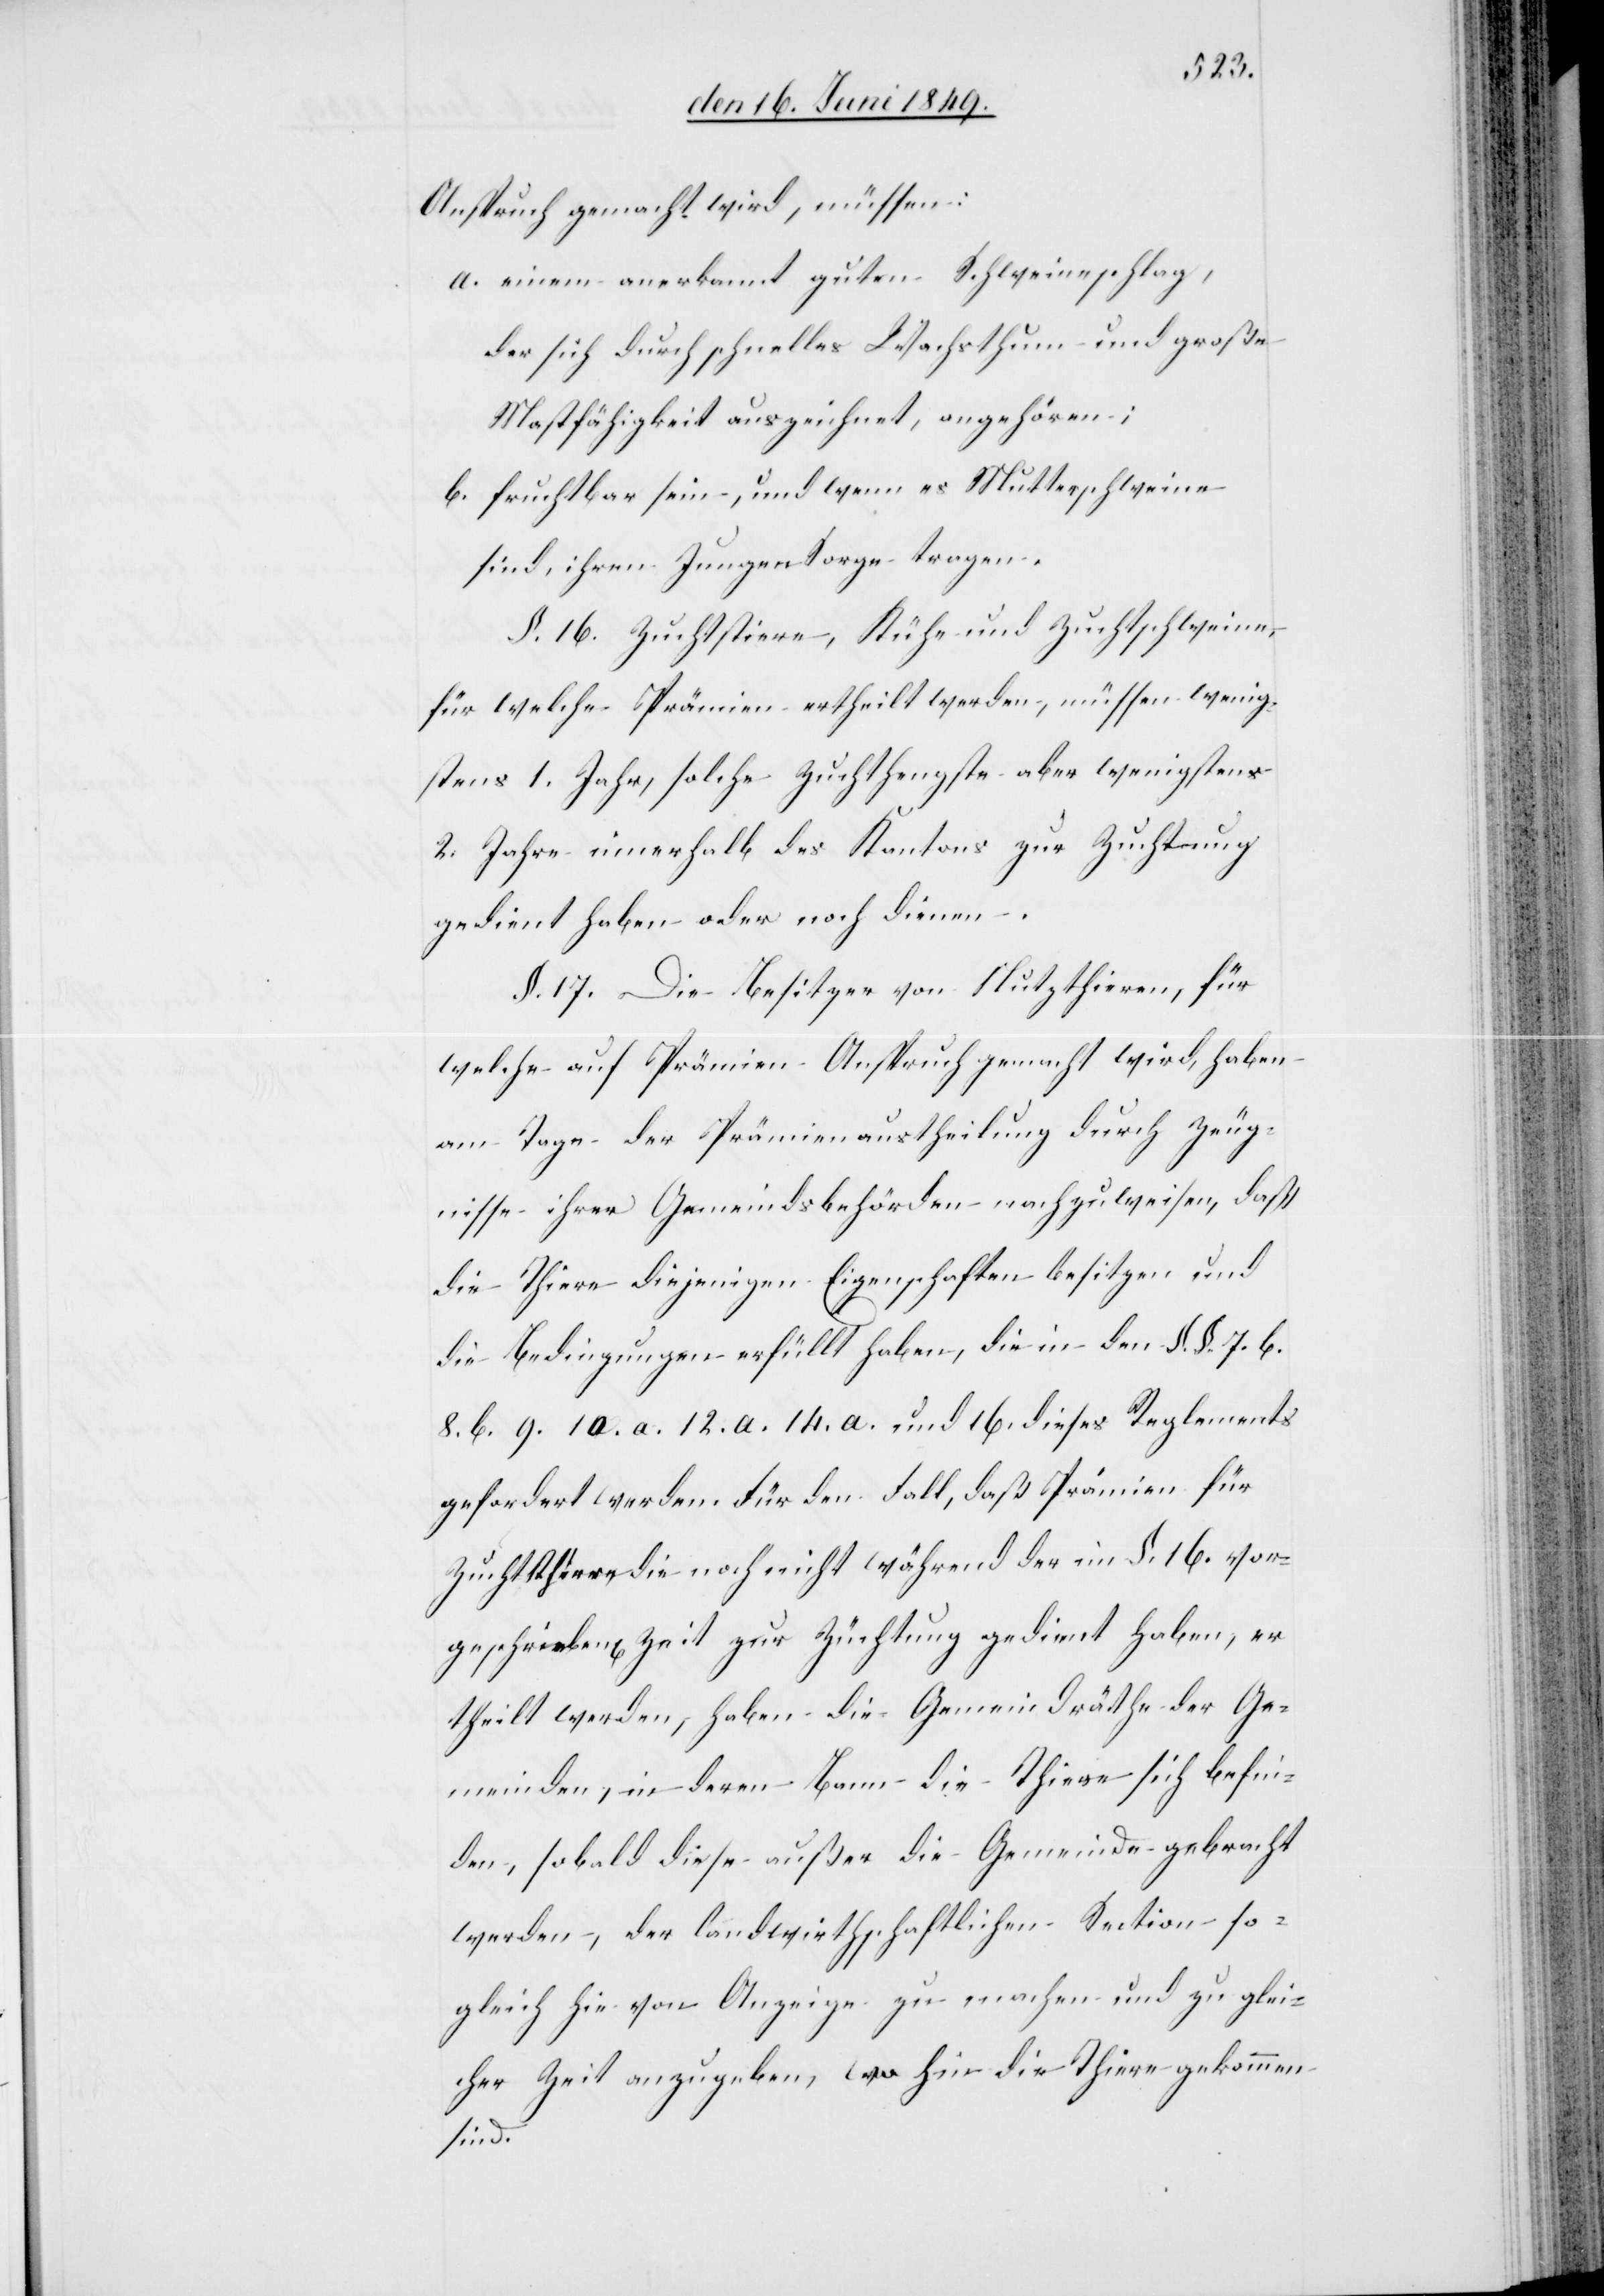
Anspruch gemacht wird, müssen:
a. einem anerkannt guten Schweineschlag,
der sich durch schnelles Wachsthum und große
Mastfähigkeit auszeichnet, angehören;
b. fruchtbar sein, und wenn es Mutterschweine
sind, ihren Jungen Sorge tragen.
§. 16. Zuchtstiere, Kühe und Zuchtschweine,
für welche Prämien ertheilt werden, müssen wenig¬
2. Jahre innerhalb des Kantons zur Zuchtung
gedient haben oder noch dienen.
§. 17. Die Besitzer von Nutzthieren, für
welche auf Prämien Anspruch gemacht wird, haben
am Tage der Prämienaustheilung durch Zeug¬
nisse ihrer Gemeindsbehörden nachzuweisen, daß
die Thiere diejenigen Eigenschaften besitzen und
die Bedingungen erfüllt haben, die in den §. § 7. b.
8. b. 9. 10. a. 12. a. 14. a. und 16. diese Reglements
gefordert werden. Für den Fall, daß Prämien für
Zuchtsthere [sic!] die noch nicht während der im §. 16. vor¬
geschrieben[en] Zeit zur Züchtung gedient haben, er¬
theilt werden, haben die Gemeindräthe der Ge¬
meinden, in deren Bann die Thiere sich befin¬
den, sobald diese außer die Gemeinde gebracht
werden, der landwirthschaftlichen Section so¬
gleich hievon Anzeige zu machen und zu glei¬
cher Zeit auszugeben, wohin die Thiere gekommen
sind.